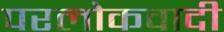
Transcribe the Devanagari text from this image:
परलोकवादी